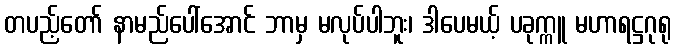
တပည့်တော် နာမည်ပေါ်အောင် ဘာမှ မလုပ်ပါဘူး၊ ဒါပေမယ့် ပခုက္ကူ မဟာရဋ္ဌဂုရု